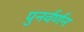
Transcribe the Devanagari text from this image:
पुनर्वर्णन